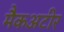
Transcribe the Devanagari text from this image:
मैकअटीर